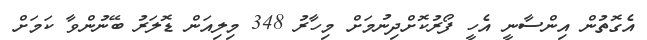
އެގޮތުން އިންސާނީ އެހީ ފޯރުކޮށްދިނުމަށް މިހާރު 348 މިލިއަން ޑޮލަރު ބޭނުންވާ ކަމަށް